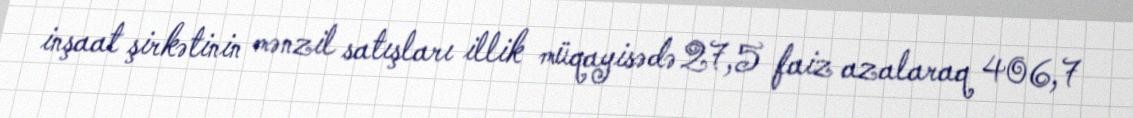
inşaat şirkətinin mənzil satışları illik müqayisədə 27,5 faiz azalaraq 406,7